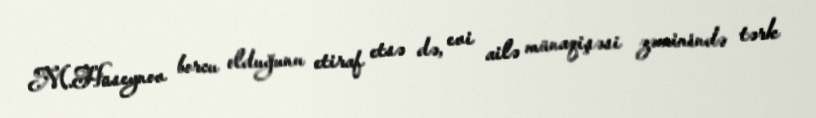
M.Hüseynov borcu olduğunu etiraf etsə də, evi ailə münaqişəsi zəminində tərk